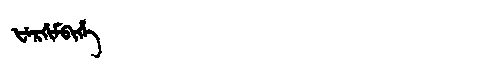
Manchu: ᡶᡝᡵᡤᡳᠮᠪᡳᡥᡝ
Romanization: FERGIMBIHE